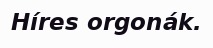
Híres orgonák.